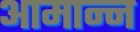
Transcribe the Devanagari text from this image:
आमान्न